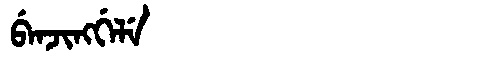
Manchu: ᠪᡝᠨᠵᡳᠩᡤᡝᠯᡝ
Romanization: BENJINGGELE